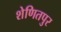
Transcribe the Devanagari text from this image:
शेणितपुर